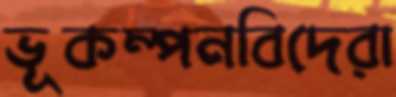
ভূকম্পনবিদেরা